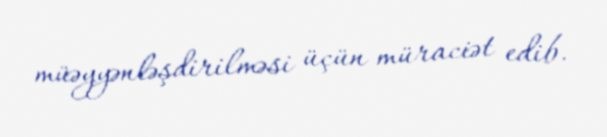
müəyyənləşdirilməsi üçün müraciət edib.